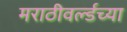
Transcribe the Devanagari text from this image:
मराठीवर्ल्डच्या